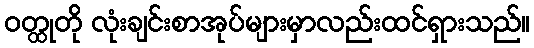
ဝတ္ထုတို လုံးချင်းစာအုပ်များမှာလည်းထင်ရှားသည်။